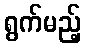
ရွက်မည့်